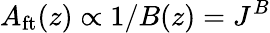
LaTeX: A_{\mathrm{ft}}(z)\propto 1/B(z)=J^{B}